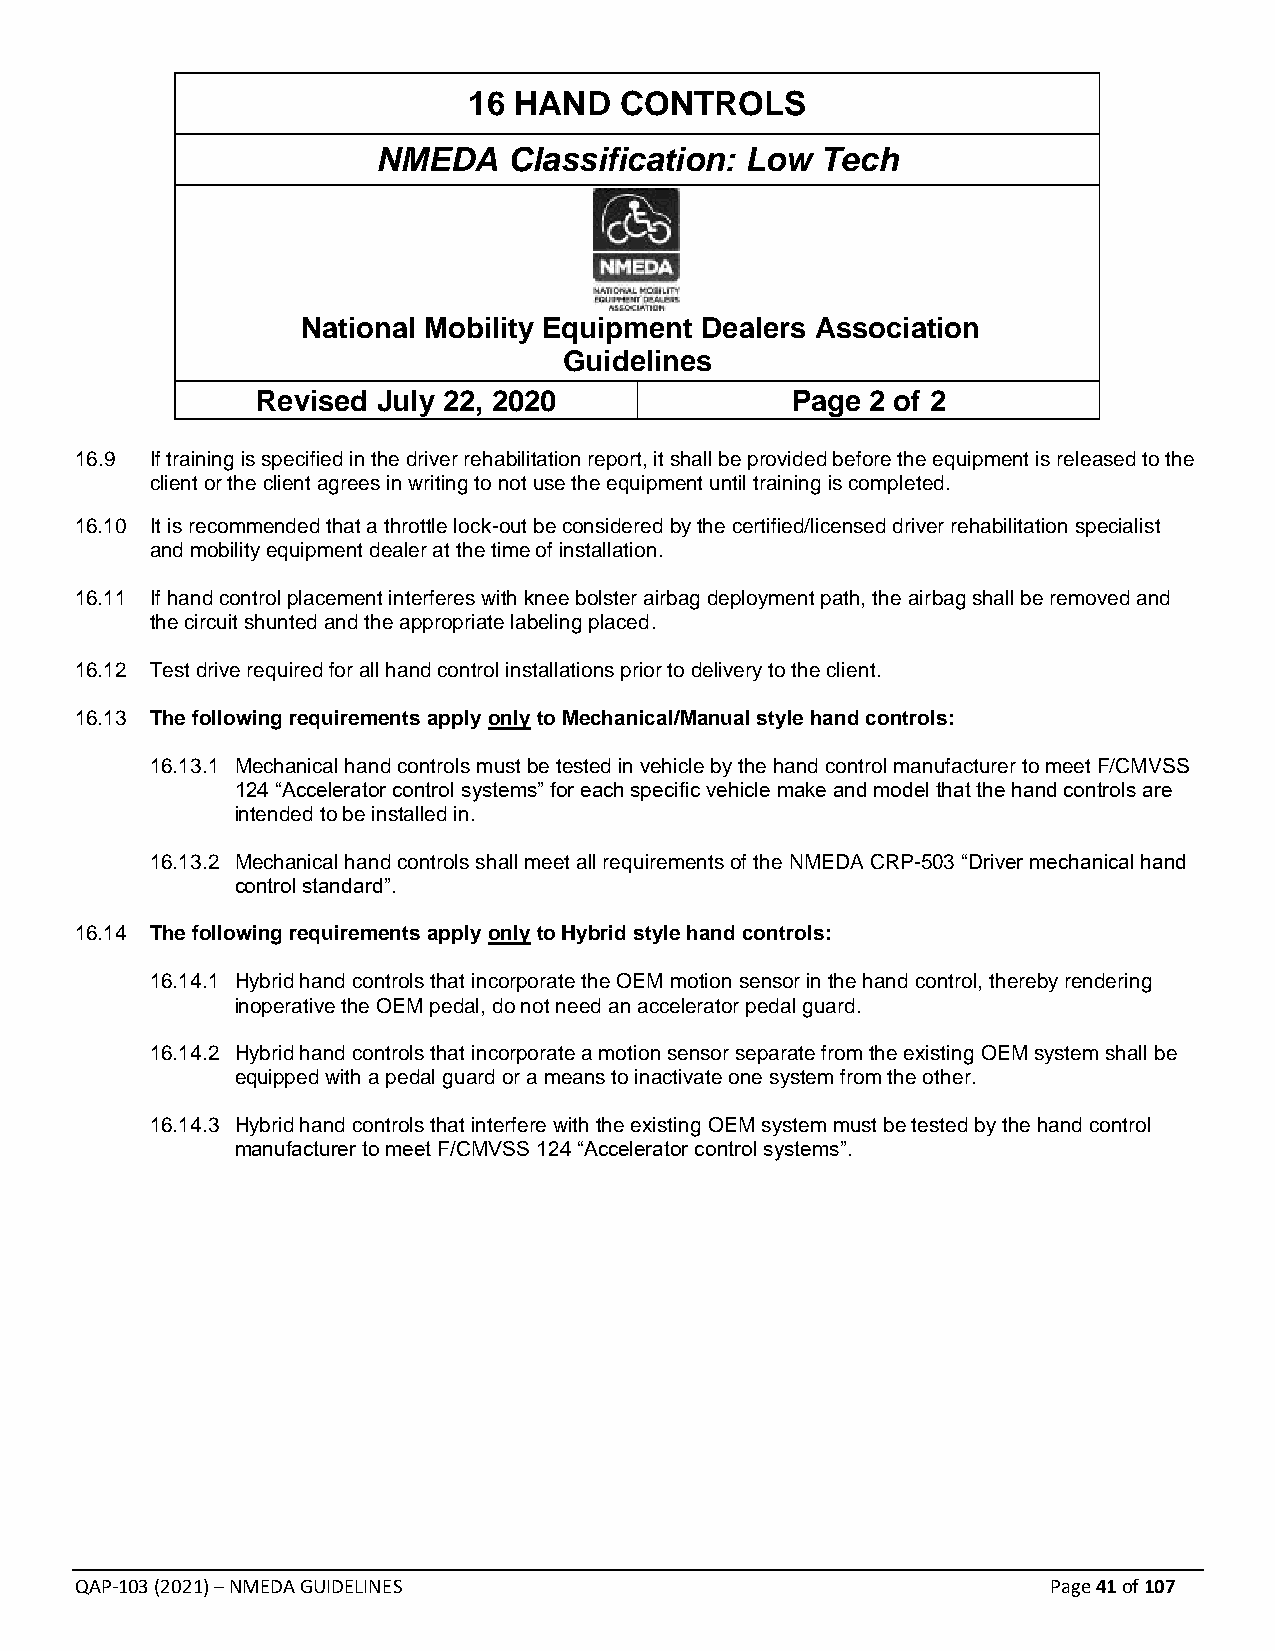
16 HAND   CONTROLS
 NMEDA    Classification: Low Tech
 National Mobility Equipment Dealers Association
 Guidelines
 Revised July 22, 2020              Page  2 of 2
 16.9 If training is specified in the driver rehabilitation report, it shall be provided before the equipment is released to the
 client or the client agrees in writing to not use the equipment until training is completed.
 16.10 It is recommended that a throttle lock-out be considered by the certified/licensed driver rehabilitation specialist
 and mobility equipment dealer at the time of installation.
 16.11 If hand control placement interferes with knee bolster airbag deployment path, the airbag shall be removed and
 the circuit shunted and the appropriate labeling placed.
 16.12 Test drive required for all hand control installations prior to delivery to the client.
 16.13 The following requirements apply only to Mechanical/Manual style hand controls:
 16.13.1 Mechanical hand controls must be tested in vehicle by the hand control manufacturer to meet F/CMVSS
 124 “Accelerator control systems” for each specific vehicle make and model that the hand controls are
 intended to be installed in.
 16.13.2 Mechanical hand controls shall meet all requirements of the NMEDA CRP-503 “Driver mechanical hand
 control standard”.
 16.14 The following requirements apply only to Hybrid style hand controls:
 16.14.1 Hybrid hand controls that incorporate the OEM motion sensor in the hand control, thereby rendering
 inoperative the OEM pedal, do not need an accelerator pedal guard.
 16.14.2 Hybrid hand controls that incorporate a motion sensor separate from the existing OEM system shall be
 equipped with a pedal guard or a means to inactivate one system from the other.
 16.14.3 Hybrid hand controls that interfere with the existing OEM system must be tested by the hand control
 manufacturer to meet F/CMVSS 124 “Accelerator control systems”.
 QAP-103 (2021) – NMEDA GUIDELINES                                Page 41 of 107